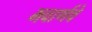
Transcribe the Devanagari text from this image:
भवार्णवे